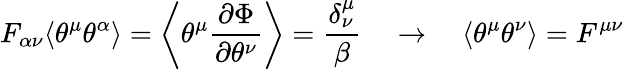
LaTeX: F_{\alpha\nu}\langle\theta^{\mu}\theta^{\alpha}\rangle=\left\langle\theta^{\mu}\frac{\partial\Phi}{\partial\theta^{\nu}}\right\rangle=\frac{\delta_{\nu}^{\mu}}{\beta}\quad\rightarrow\quad\langle\theta^{\mu}\theta^{\nu}\rangle=F^{\mu\nu}